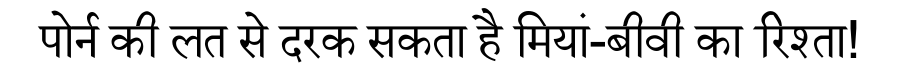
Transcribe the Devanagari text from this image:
पोर्न की लत से दरक सकता है मियां-बीवी का रिश्ता!